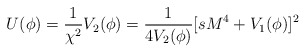
\begin{align*}U(\phi) = \frac{1}{\chi^{2}}V_{2}(\phi)= \frac{1}{4V_{2}(\phi)}[sM^4 +V_{1}(\phi)]^{2} \end{align*}